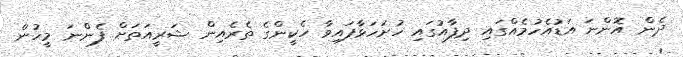
ދެން އޮންނަ އަޑުއެހުމެއްގައި ދިފާއުގައި ހުށަހަޅާފައިވާ ހެކީންގެ ތެރެއިން ޝަރީއަތަށް ފެންނަ މީހުން